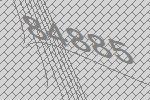
84885